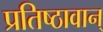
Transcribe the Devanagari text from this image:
प्रतिष्ठावान्